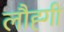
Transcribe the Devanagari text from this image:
लौह्गी